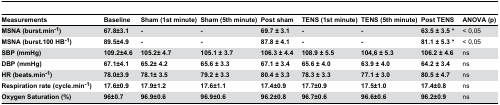
<table><thead><tr><td><b>Measurements</b></td><td><b>Baseline</b></td><td><b>Sham (1st minute)</b></td><td><b>Sham (5th minute)</b></td><td><b>Post sham</b></td><td><b>TENS (1st minute)</b></td><td><b>TENS (5th minute)</b></td><td><b>Post TENS</b></td><td><b>ANOVA (p)</b></td></tr></thead><tbody><tr><td><b>MSNA (burst.min<sup>-1</sup>)</b></td><td><b>67.8±3.1</b></td><td><b>-</b></td><td><b>-</b></td><td><b>69.7 ± 3.1</b></td><td><b>-</b></td><td><b>-</b></td><td><b>63.5 ± 3.5 *</b></td><td>&lt; 0,05</td></tr><tr><td><b>MSNA (burst.100 HB<sup>-1</sup>)</b></td><td><b>89.5±4.9</b></td><td><b>-</b></td><td><b>-</b></td><td><b>87.8 ± 4.1</b></td><td><b>-</b></td><td><b>-</b></td><td><b>81.1 ± 5.3 *</b></td><td>&lt; 0,05</td></tr><tr><td><b>SBP (mmHg)</b></td><td><b>109.2±4.6</b></td><td><b>105.2± 4.7</b></td><td><b>105.1 ± 3.7</b></td><td><b>106.3 ± 4.4</b></td><td><b>108.9 ± 5.5</b></td><td><b>104,6 ± 5.3</b></td><td><b>106.2 ± 4.6</b></td><td>ns</td></tr><tr><td><b>DBP (mmHg)</b></td><td><b>67.1±4.1</b></td><td><b>65.2± 4.2</b></td><td><b>65.6 ± 3.3</b></td><td><b>67.1 ± 3.4</b></td><td><b>65.6 ± 4.0</b></td><td><b>63.9 ± 4.0</b></td><td><b>64.2 ± 3.4</b></td><td>ns</td></tr><tr><td><b>HR (beats.min<sup>-1</sup>)</b></td><td><b>78.0±3.9</b></td><td><b>78.1± 3.5</b></td><td><b>79.2 ± 3.3</b></td><td><b>80.4 ± 3.3</b></td><td><b>78.3 ± 3.3</b></td><td><b>77.1 ± 3.0</b></td><td><b>80.5 ± 4.7</b></td><td>ns</td></tr><tr><td><b>Respiration rate (cycle.min<sup>-1</sup>)</b></td><td><b>17.6±0.9</b></td><td><b>17.9±1.2</b></td><td><b>17.6±1.1</b></td><td><b>17.4±0.9</b></td><td><b>17.7±0.9</b></td><td><b>17.5±1.0</b></td><td><b>17.4±0.8</b></td><td>ns</td></tr><tr><td><b>Oxygen Saturation (%)</b></td><td><b>96±0.7</b></td><td><b>96.9±0.6</b></td><td><b>96.9±0.6</b></td><td><b>96.2±0.8</b></td><td><b>96.7±0.6</b></td><td><b>96.6±0.6</b></td><td><b>96.2±0.9</b></td><td>ns</td></tr></tbody></table>